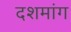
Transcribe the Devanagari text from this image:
दशमांग